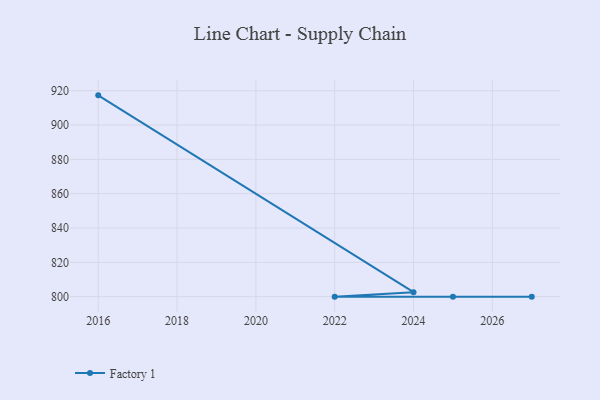
{"axis": {"x": "Year", "y": "Inventory Turnover"}, "legend": ["Factory 1"], "data": [{"x": "2016", "y": 917.3, "type": "Factory 1"}, {"x": "2024", "y": 802.6, "type": "Factory 1"}, {"x": "2022", "y": 800, "type": "Factory 1"}, {"x": "2027", "y": 800, "type": "Factory 1"}, {"x": "2025", "y": 800, "type": "Factory 1"}]}